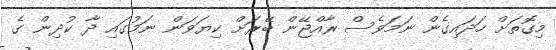
މިގޮތަށް ހަދައިގެން ނަމަވެސް ރާއްޖޭން ބޭރަށް ކިޔަވަން ނަމުގައި ދާ ކުދިން ގެ